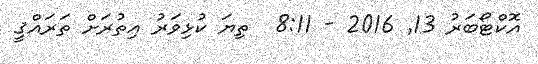
އޮކްޓޯބަރު 13